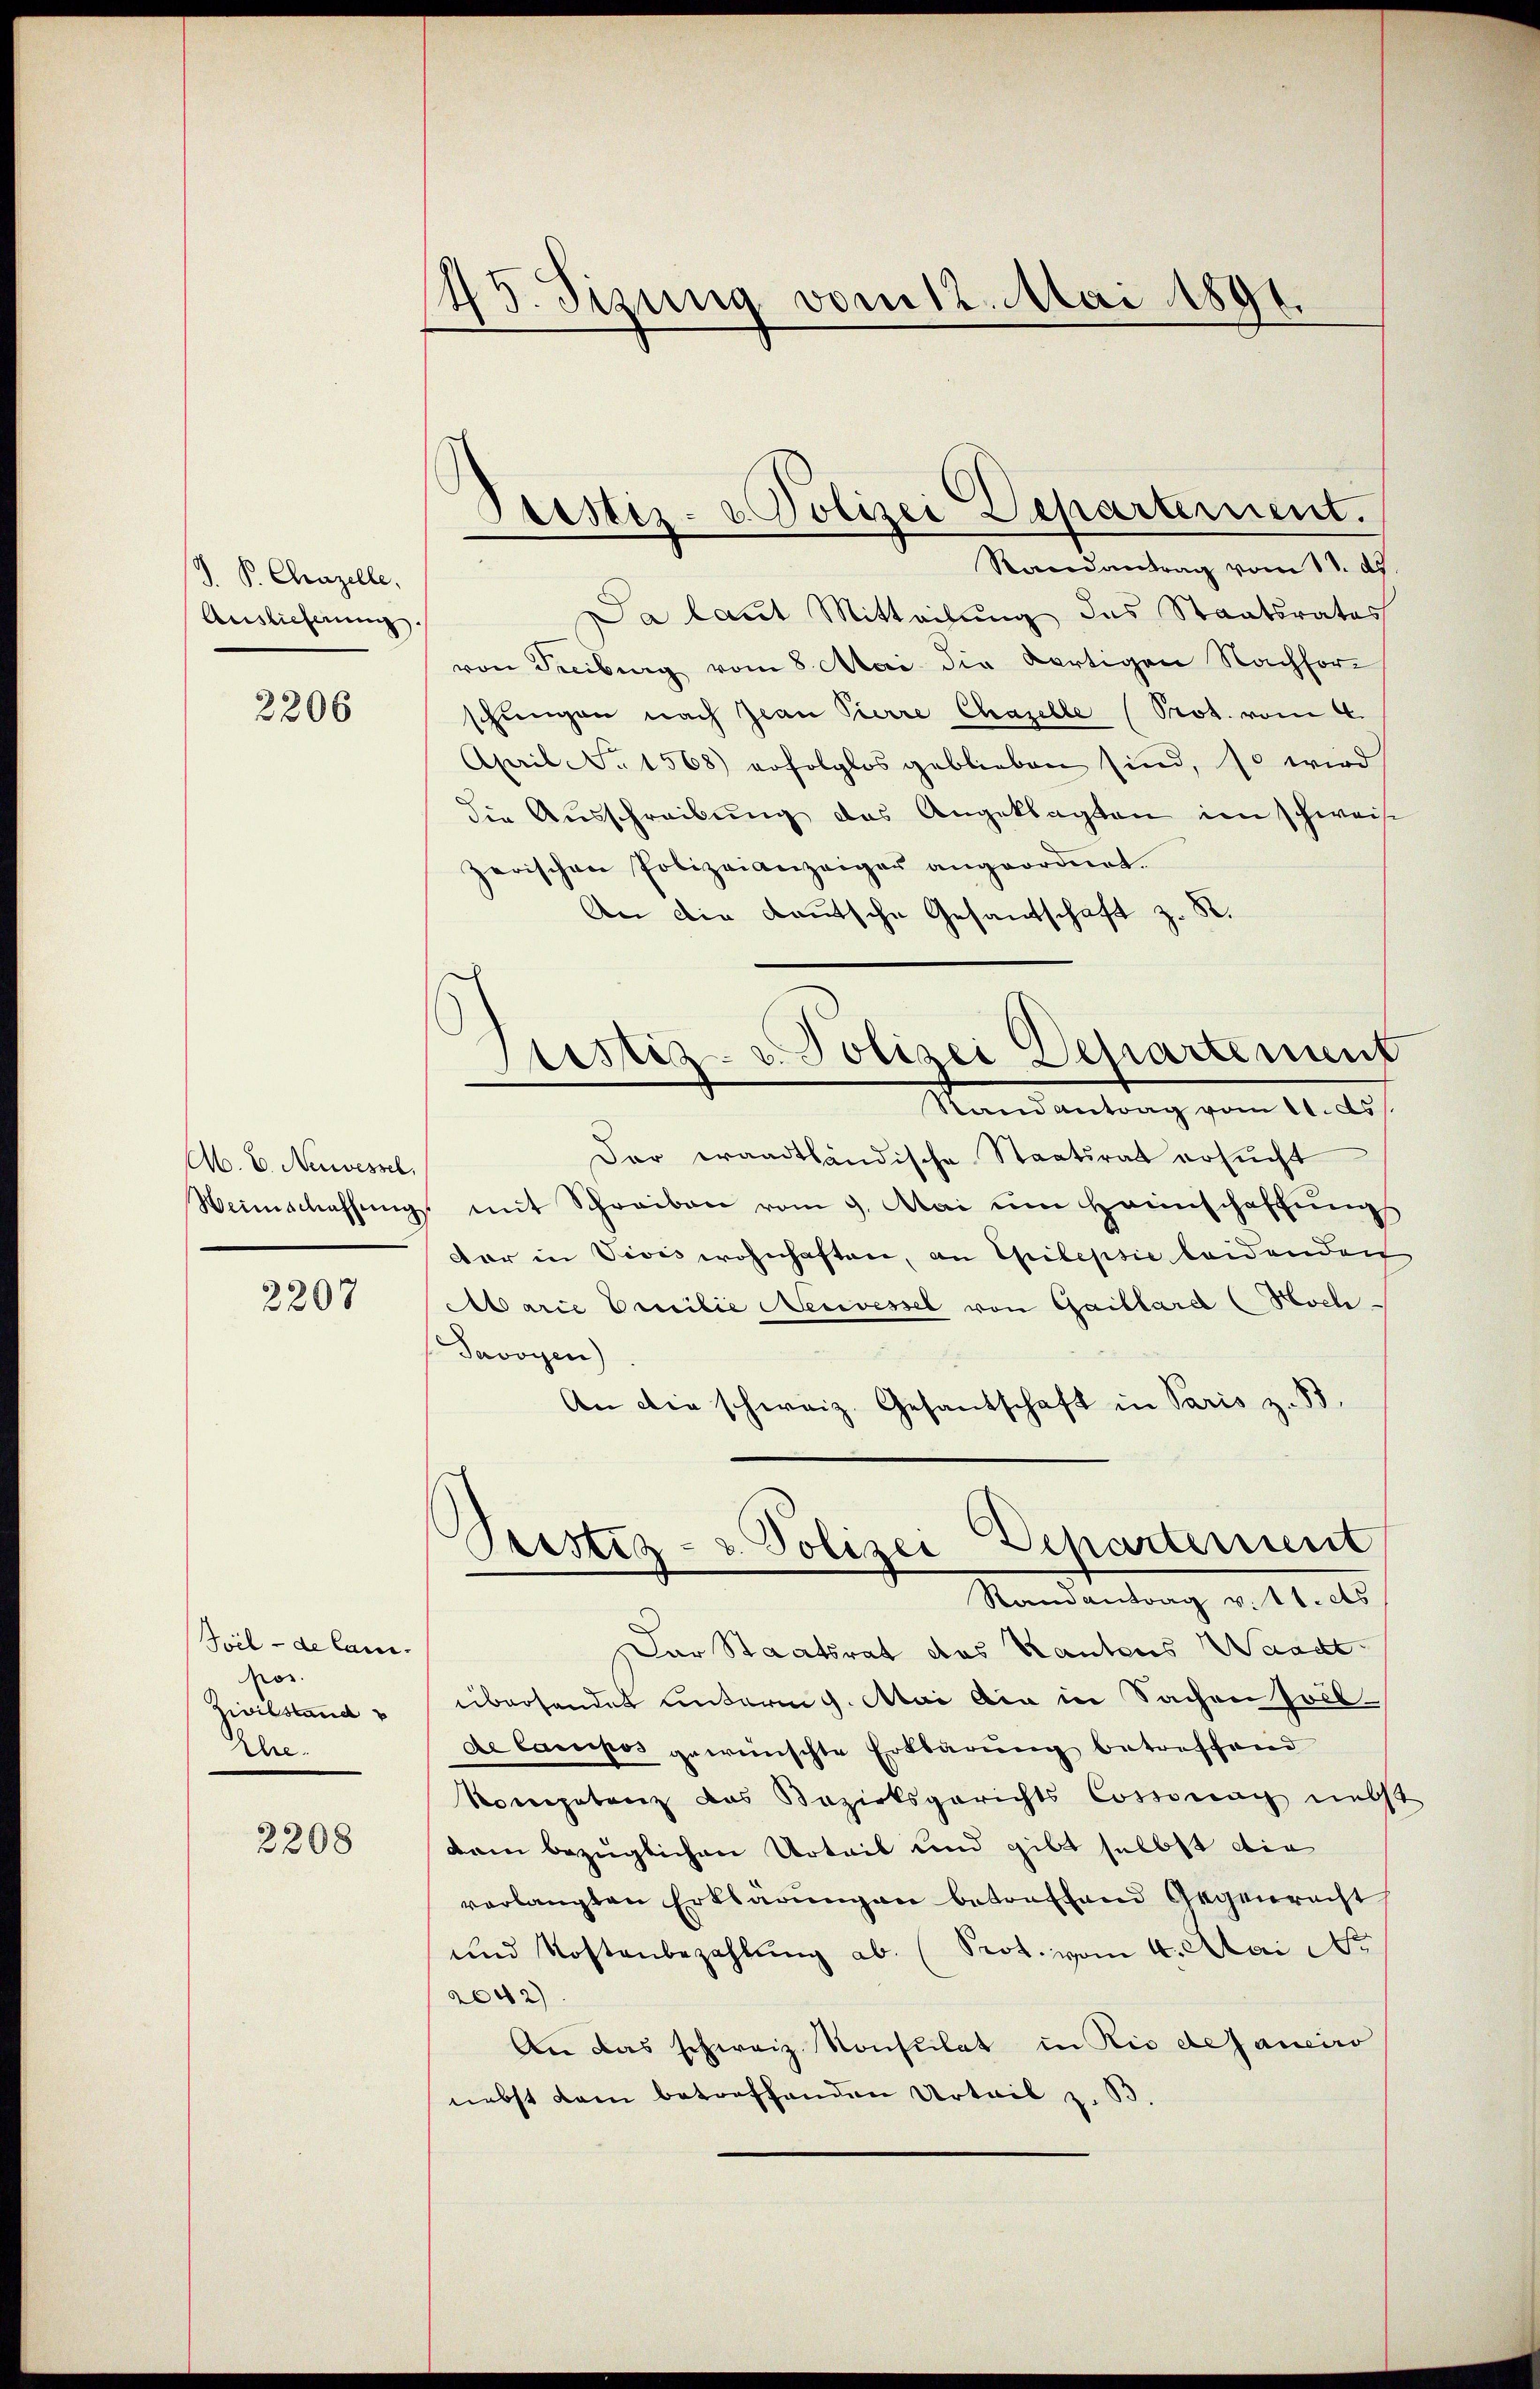
P. Chazelle.
Auslieferung

2206

Ab. E. Neiwessel,
Weinschaffung

2207

Poil - de lanpos.
Zivilstand
Ahe.

2208

145. Sizung vom 12. Mai 1891.

Prestiz- & Polizei Departement.
Randantrag vom 18. d.

Justiz- u. Polizei Departenunt

Da laut Mitteilung des Staatsrates
von Treibung vom 8. Mai die dortigen Nachforschungen nach Jean Pierre Chapelle (Prot. vom 4.
April No 1568) erfolglos geblieben sind, so wird
die Ausschreibung des Angeklagten im schweise
zerischen Polizeianzeiger angeordnet.
An die Deutsche Gesandschaft z. R.
Randantrag vom 11. ds.
Der eraadtländische Staatsrat ersucht
mit Schreiben vom 9. Mai um Haunschaffŭngs
dar in Vivis wohnhaften, an Epilepsie beidenden
Marie Emilie Neiwessel von Gaillard (Hoch
Savoyen)
An die schweiz. Gesandschaft in Paris z. B.
Departement
Pustiz- & Polizei
Randantrag v. 11. ds.
Der Staatsrat des Kantons Waadt.
überhandel unterm 9. Mai die in Sachen soll
de Cauipos gewünschte Erklärung betreffend
Kompetenz das Bezirksgerichts Cossonach nebs
dam bezüglichen Urteil und gibt selbst die
verlangten Erklärungen betreffend Gegenrecht
und Kostenbezahlŭng ab. (Prot. vom 4. Mai d.
2042)
An das schweiz. Konsulat in Rio des aneiro
nebst dem betreffenden Urteil z. B.